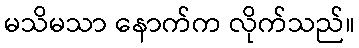
မသိမသာ နောက်က လိုက်သည်။